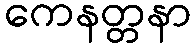
ကေနတ္တနာ